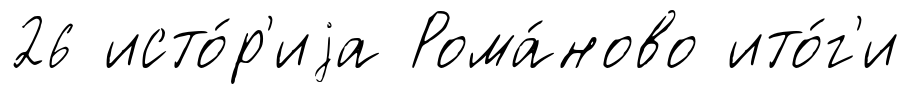
26 исто́р'иjа Рома́ново ито́г'и